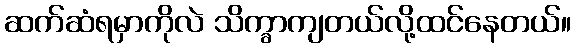
ဆက်ဆံရမှာကိုလဲ သိက္ခာကျတယ်လို့ထင်နေတယ်။